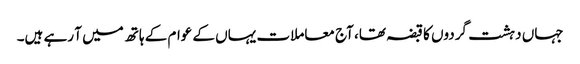
جہاں دہشت گردوں کا قبضہ تھا، آج معاملات یہاں کے عوام کے ہاتھ میں آ رہے ہیں۔